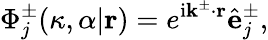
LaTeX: \Phi_{j}^{\pm}(\kappa,\alpha|\mathbf{r})=e^{\mathrm{i}\mathbf{k}^{\pm}\cdot\mathbf{r}}\hat{\mathbf{e}}_{j}^{\pm},